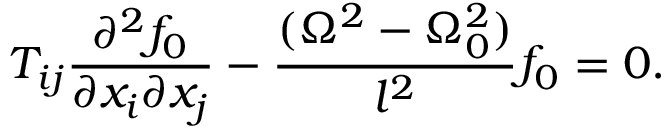
T _ { i j } \frac { \partial ^ { 2 } f _ { 0 } } { \partial x _ { i } \partial x _ { j } } - \frac { ( \Omega ^ { 2 } - \Omega _ { 0 } ^ { 2 } ) } { l ^ { 2 } } f _ { 0 } = 0 .